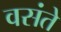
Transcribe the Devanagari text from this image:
वसंते